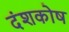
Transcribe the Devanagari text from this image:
दंशकोष